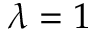
\lambda = 1